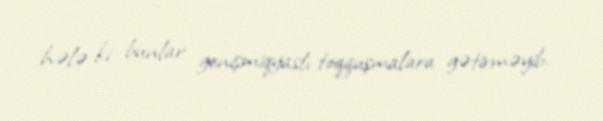
hələ ki bunlar genişmiqyaslı toqquşmalara gətirməyib.